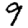
Digit: 9